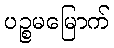
ပဉ္စမမြောက်